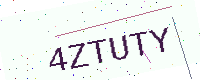
Text: 4ZTUTY